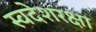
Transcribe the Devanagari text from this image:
स्वदेशरक्षा